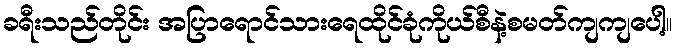
ခရီးသည်တိုင်း အပြာရောင်သားရေထိုင်ခုံကိုယ်စီနဲ့စမတ်ကျကျပေါ့။